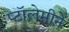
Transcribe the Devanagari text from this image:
प्टॉलेमीने